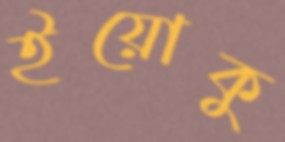
ইয়োকু